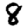
Digit: 8